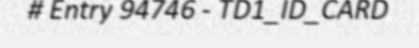
# Entry 94746 - TD1_ID_CARD